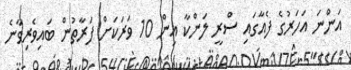
އަންނަ އަހަރުގެ ފެއާގައި ސްރީ ލަންކާ އިން 10 ވަރަކަށް ފަރާތުން ބައިވެރިވާނެ